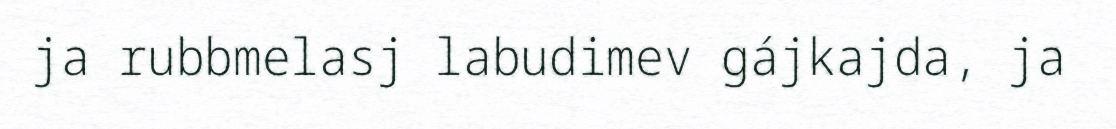
ja rubbmelasj labudimev gájkajda, ja